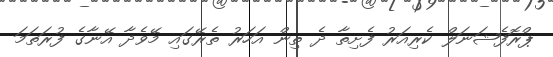
ޕްރޮފެޝަނަލް ކެރިއަރު ފެށިތާ ދެ ތިން އަހަރު ތެރޭގައި މޭވެދާ އޭނާގެ ފުރަތަމަ